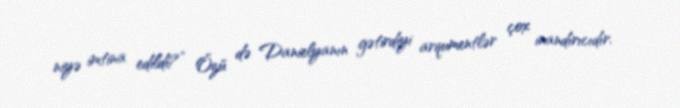
niyə imtina edildi?” Özü də Danielyanın gətirdiyi arqumentlər çox inandırıcıdır.